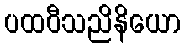
ပထဝီသညိနိယော